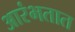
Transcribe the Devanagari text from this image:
आरंभतात